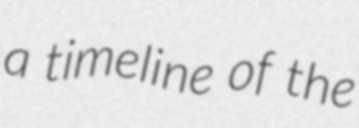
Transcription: a timeline of the